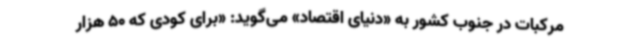
مرکبات در جنوب کشور به «دنیای‌ اقتصاد» می‌گوید: «برای کودی که 50 هزار